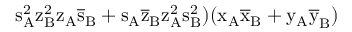
\mathrm { s _ { A } ^ { 2 } \mathrm { z _ { B } ^ { 2 } \mathrm { z _ { A } \mathrm { \overline { { s } } _ { B } + \mathrm { s _ { A } \mathrm { \overline { { z } } _ { B } \mathrm { z _ { A } ^ { 2 } \mathrm { s _ { B } ^ { 2 } ) ( \mathrm { x _ { A } \mathrm { \overline { { x } } _ { B } + \mathrm { y _ { A } \mathrm { \overline { { y } } _ { B } ) } } } } } } } } } } } }